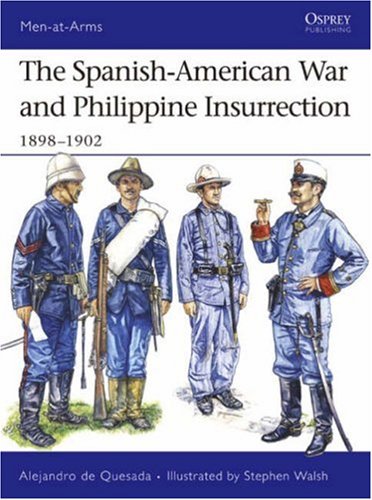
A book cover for The Spanish-American War and Philippine Insurrection: 1898-1902 (Men-at-Arms); Alejandro de Quesada; History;